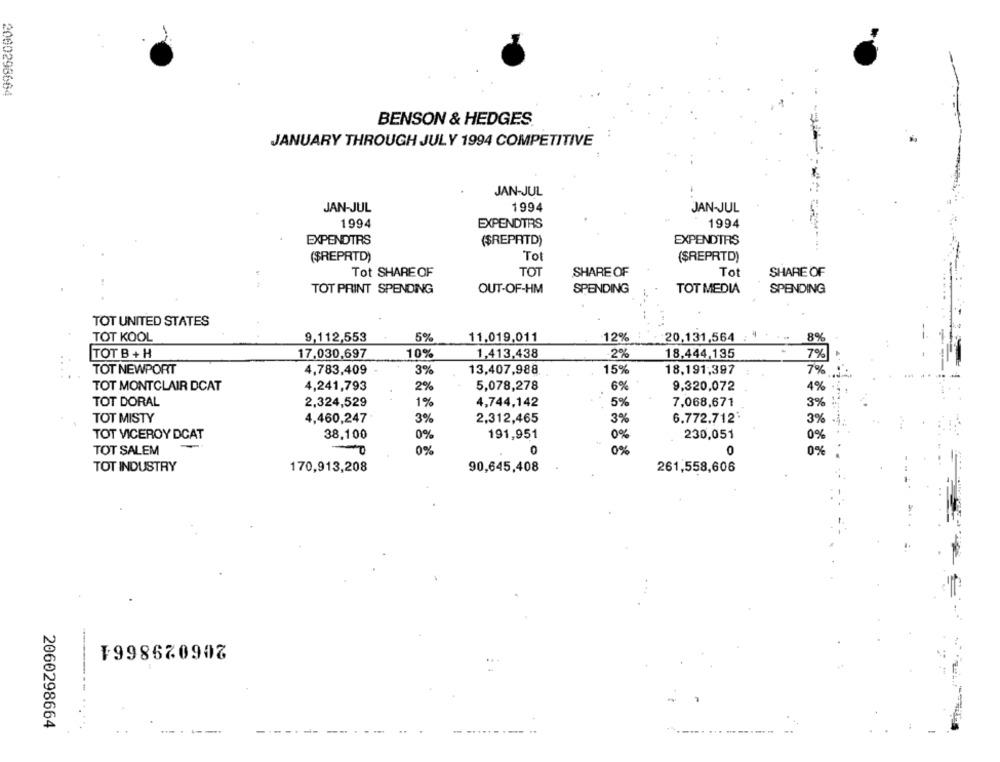
2060298664
BENSON & HEDGES
JANUARY THROUGH JULY 1994 COMPETITIVE
JAN-JUL
JAN-JUL
1994
JAN-JUL
1994
EXPENDTRS
1994
EXPENDTRS
($REPRTD)
EXPENDTRS
($REPRTD)
Tot
($REPRTD)
Tot SHAREOF
TOT
SHARE OF
To
SHARE OF
TOT PRINT SPENDING
OUT-OF-HM
SPENDING
TOT MEDIA
SPENDING
TOT UNITED STATES
TOT KOOL
9,112,553
5%
11.019.011
12%
20,131,564
8%
TOT B + H
17,030,697
10%
1,413,438
2%
18.444,135
7%
TOT NEWPORT
4,783,409
3%
13,407,988
15%
18,191,397
7%
TOT MONTCLAIR DCAT
4,241,793
2%
5,078,278
6%
9.320,072
4%
TOT DORAL
2,324,529
1%
4,744,142
5%
7,068,671
3%
TOT MISTY
4,460,247
3%
2,312,465
3%
6.772.712
3%
TOT VICEROY DCAT
38,100
0%
191,951
0%
230,051
0%
0%
0
TOT SALEM
0%
0
0%
TOT INDUSTRY
170,913,208
90,645,408
261,558,606
2060298664
2060298664
..
---- ----
---.
--
--
........-. ..